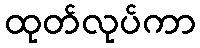
ထုတ်လုပ်ကာ